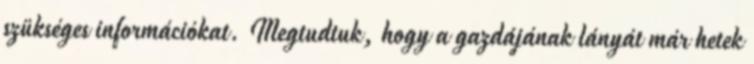
szükséges információkat. Megtudtuk, hogy a gazdájának lányát már hetek